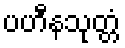
ပဟီနသုတ္တံ